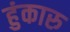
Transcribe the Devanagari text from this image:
हुंकारु